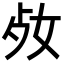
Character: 𡛝